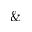
\&